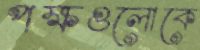
পক্ষগুলোকে